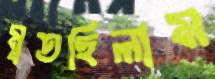
মুতছিলাম